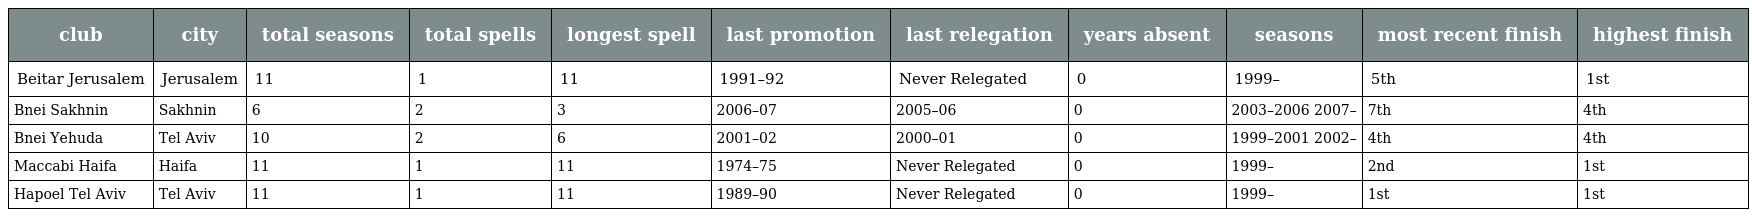
| club | city | total seasons | total spells | longest spell | last promotion | last relegation | years absent | seasons | most recent finish | highest finish |
 | --- | --- | --- | --- | --- | --- | --- | --- | --- | --- | --- |
 | Beitar Jerusalem | Jerusalem | 11 | 1 | 11 | 1991–92 | Never Relegated | 0 | 1999– | 5th | 1st |
 | Bnei Sakhnin | Sakhnin | 6 | 2 | 3 | 2006–07 | 2005–06 | 0 | 2003–2006 2007– | 7th | 4th |
 | Bnei Yehuda | Tel Aviv | 10 | 2 | 6 | 2001–02 | 2000–01 | 0 | 1999–2001 2002– | 4th | 4th |
 | Maccabi Haifa | Haifa | 11 | 1 | 11 | 1974–75 | Never Relegated | 0 | 1999– | 2nd | 1st |
 | Hapoel Tel Aviv | Tel Aviv | 11 | 1 | 11 | 1989–90 | Never Relegated | 0 | 1999– | 1st | 1st |